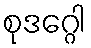
စုဒဂ္ဂေါ